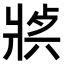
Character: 𤖈